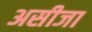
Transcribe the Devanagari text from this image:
असीजा